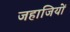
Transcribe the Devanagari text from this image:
जहाजियों